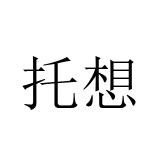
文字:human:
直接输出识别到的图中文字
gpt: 托想